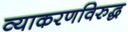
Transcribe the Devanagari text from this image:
व्याकरणविरुद्ध